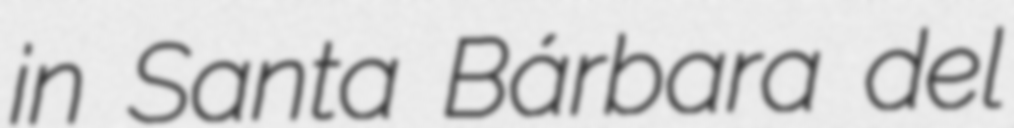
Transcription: in Santa Bárbara del